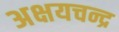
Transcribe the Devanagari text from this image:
अक्षयचन्द्र